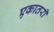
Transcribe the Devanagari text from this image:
एकातरी